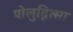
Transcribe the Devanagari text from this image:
पोलुद्नित्सा